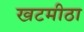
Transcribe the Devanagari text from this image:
खटमीठा